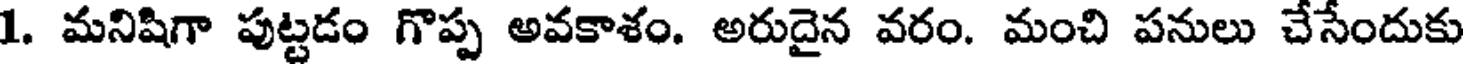
1. మనిషిగా పుట్టడం గొప్ప అవకాశం. అరుదైన వరం. మంచి పనులు చేసేందుకు